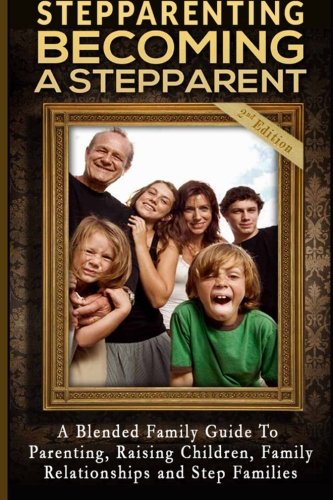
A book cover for Stepparenting: Becoming A Stepparent: A Blended Family Guide to: Parenting, Raising Children, Family Relationships and Step Families; Mathew Massimo; Parenting & Relationships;